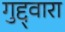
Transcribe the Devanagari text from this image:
गुद्द्वारा